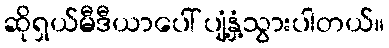
ဆိုရှယ်မီဒီယာပေါ် ပျံ့နှံ့သွားပါတယ်။